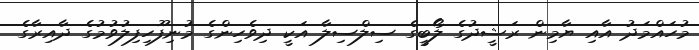
މުހައްމަދު އާއި ޔާމިން ރަޝީދުގެ ލޯބީގެ ސިލްސިލާ އަކީ ދިވެހިންގެ މުނިފޫހިފިލުވުމުގެ ދާއިރާގެ